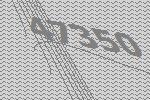
47350